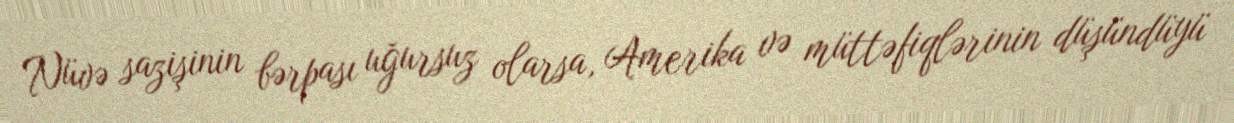
Nüvə sazişinin bərpası uğursuz olarsa, Amerika və müttəfiqlərinin düşündüyü